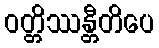
ဝတ္တိဿန္တီတိပေ